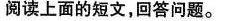
阅读上面的短文,回答问题.